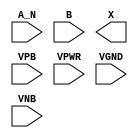
module sky130_fd_sc_lp__and2b (
    //# {{data|Data Signals}}
    input  A_N ,
    input  B   ,
    output X   ,

    //# {{power|Power}}
    input  VPB ,
    input  VPWR,
    input  VGND,
    input  VNB
);
endmodule